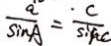
\frac { a } { \sin A } = \frac { . c } { \sin C }